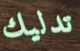
تدليك